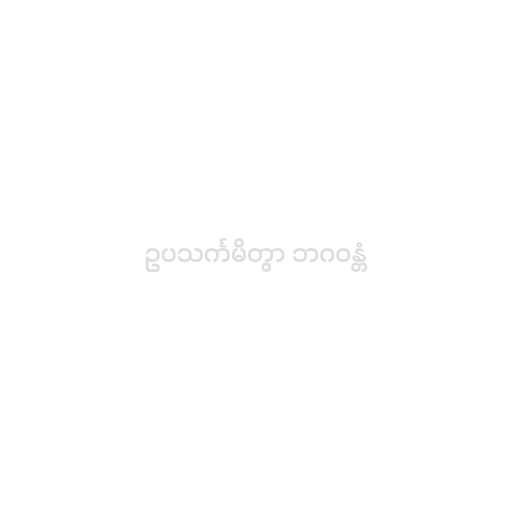
ဥပသင်္ကမိတွာ ဘဂဝန္တံ